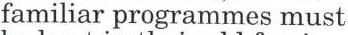
familiar programmes must